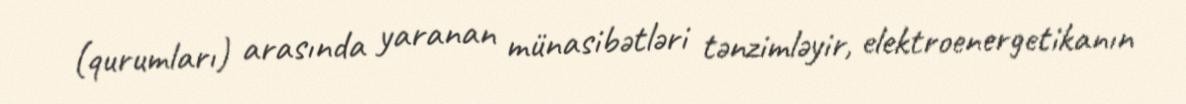
(qurumları) arasında yaranan münasibətləri tənzimləyir, elektroenergetikanın